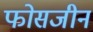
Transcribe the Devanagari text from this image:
फोसजीन